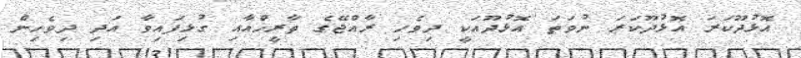
އޮޅުދޫކަރަ އޮޅުދޫކަރަ ނުވަތަ އޮޅުދޫއަކީ ދިވެހި ރާއްޖޭގެ ތާރީޚްއާއި ގުޅިފައިވާ އަދި ދިވެހިން